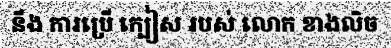
នឹង ការប្រើ ក្បៀស របស់ លោក ខាងលិច